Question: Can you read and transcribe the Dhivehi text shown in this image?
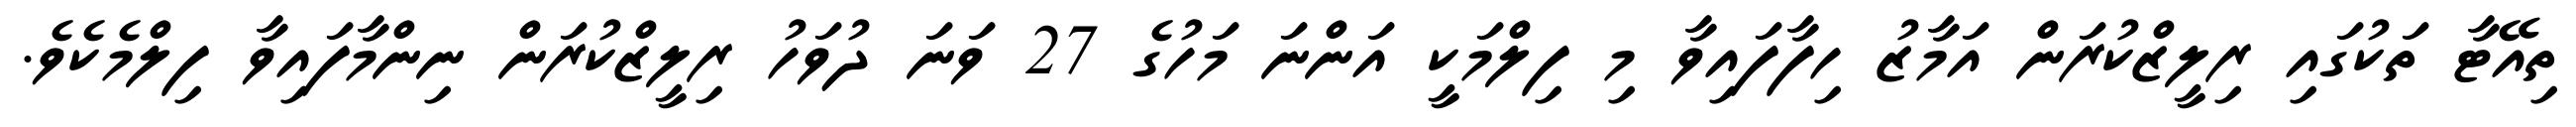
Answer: ތިއޭޓާ ތަކުގައި ރިލީޒްކުރަން އަމާޒު ހިފާފައިވާ މި ފިލްމަކީ އަންނަ މަހުގެ 27 ވަނަ ދުވަހު ރިލީޒްކުރަން ނިންމާފައިވާ ފިލްމެކެވެ.